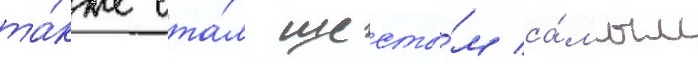
та́кже ста́л шесты́м са́мым